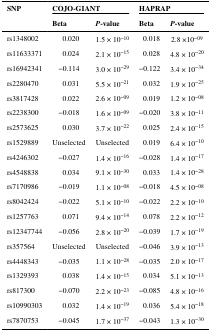
<table><thead><tr><td><b>SNP</b></td><td colspan="2"><b>COJO-GIANT</b></td><td colspan="2"><b>HAPRAP</b></td></tr><tr><td></td><td><b>Beta</b></td><td><b><i>P</i>-value</b></td><td><b>Beta</b></td><td><b><i>P</i>-value</b></td></tr></thead><tbody><tr><td>rs1348002</td><td>0.020</td><td>1.5 × 10<sup>−10</sup></td><td>0.018</td><td>2.8 ×10<sup>−09</sup></td></tr><tr><td>rs11633371</td><td>0.024</td><td>2.1 × 10<sup>−15</sup></td><td>0.028</td><td>4.8 × 10<sup>−20</sup></td></tr><tr><td>rs16942341</td><td>−0.114</td><td>3.0 × 10<sup>−29</sup></td><td>−0.122</td><td>3.4 × 10<sup>−34</sup></td></tr><tr><td>rs2280470</td><td>0.031</td><td>5.5 × 10<sup>−21</sup></td><td>0.032</td><td>1.9 × 10<sup>−25</sup></td></tr><tr><td>rs3817428</td><td>0.022</td><td>2.6 × 10<sup>−09</sup></td><td>0.019</td><td>1.2 × 10<sup>−08</sup></td></tr><tr><td>rs2238300</td><td>−0.018</td><td>1.6 × 10<sup>−09</sup></td><td>−0.020</td><td>3.8 × 10<sup>−11</sup></td></tr><tr><td>rs2573625</td><td>0.030</td><td>3.7 × 10<sup>−22</sup></td><td>0.025</td><td>2.4 × 10<sup>−15</sup></td></tr><tr><td>rs1529889</td><td>Unselected</td><td>Unselected</td><td>0.019</td><td>6.4 × 10<sup>−10</sup></td></tr><tr><td>rs4246302</td><td>−0.027</td><td>1.4 × 10<sup>−16</sup></td><td>−0.028</td><td>1.4 × 10<sup>−17</sup></td></tr><tr><td>rs4548838</td><td>0.034</td><td>9.1 × 10<sup>−30</sup></td><td>0.033</td><td>1.4 × 10<sup>−28</sup></td></tr><tr><td>rs7170986</td><td>−0.019</td><td>1.1 × 10<sup>−08</sup></td><td>−0.018</td><td>4.5 × 10<sup>−08</sup></td></tr><tr><td>rs8042424</td><td>−0.022</td><td>5.1 × 10<sup>−10</sup></td><td>−0.022</td><td>2.2 × 10<sup>−10</sup></td></tr><tr><td>rs1257763</td><td>0.071</td><td>9.4 × 10<sup>−14</sup></td><td>0.078</td><td>2.2 × 10<sup>−12</sup></td></tr><tr><td>rs12347744</td><td>−0.056</td><td>2.8 × 10<sup>−20</sup></td><td>−0.039</td><td>1.7 × 10<sup>−19</sup></td></tr><tr><td>rs357564</td><td>Unselected</td><td>Unselected</td><td>−0.046</td><td>3.9 × 10<sup>−13</sup></td></tr><tr><td>rs4448343</td><td>−0.035</td><td>1.1 × 10<sup>−28</sup></td><td>−0.035</td><td>2.0 × 10<sup>−17</sup></td></tr><tr><td>rs1329393</td><td>0.038</td><td>1.4 × 10<sup>−15</sup></td><td>0.034</td><td>5.1 × 10<sup>−13</sup></td></tr><tr><td>rs817300</td><td>−0.070</td><td>2.2 × 10<sup>−23</sup></td><td>−0.085</td><td>4.8 × 10<sup>−16</sup></td></tr><tr><td>rs10990303</td><td>0.032</td><td>1.4 × 10<sup>−19</sup></td><td>0.036</td><td>5.4 × 10<sup>−18</sup></td></tr><tr><td>rs7870753</td><td>−0.045</td><td>1.7 × 10<sup>−37</sup></td><td>−0.043</td><td>1.3 × 10<sup>−30</sup></td></tr></tbody></table>